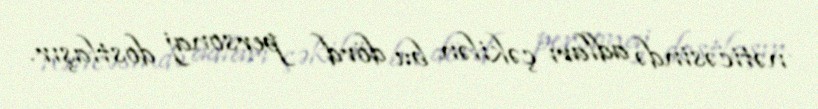
nəticəsində adları çəkilən bu dörd personaj dostlaşır.